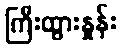
ကြီးထွားနှုန်း